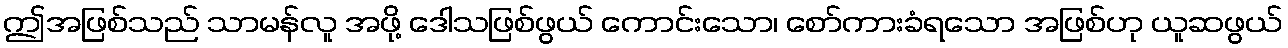
ဤအဖြစ်သည် သာမန်လူ အဖို့ ဒေါသဖြစ်ဖွယ် ကောင်းသော၊ စော်ကားခံရသော အဖြစ်ဟု ယူဆဖွယ်